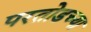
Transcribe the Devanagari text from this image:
परतोडच्या